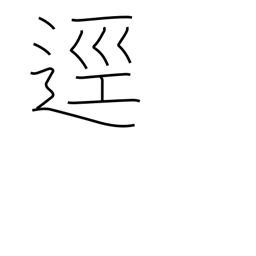
Meaning: path